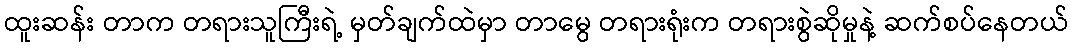
ထူးဆန်း တာက တရားသူကြီးရဲ့ မှတ်ချက်ထဲမှာ တာမွေ တရားရုံးက တရားစွဲဆိုမှုနဲ့ ဆက်စပ်နေတယ်